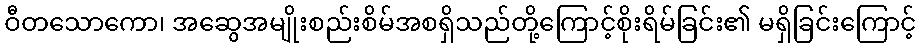
ဝီတသောကော၊ အဆွေအမျိုးစည်းစိမ်အစရှိသည်တို့ကြောင့်စိုးရိမ်ခြင်း၏ မရှိခြင်းကြောင့်